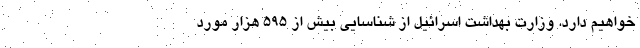
خواهیم دارد. وزارت بهداشت اسرائیل از شناسایی بیش از 595 هزار مورد